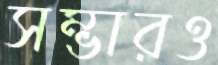
সম্ভারও